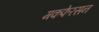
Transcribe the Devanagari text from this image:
मकफेरसन